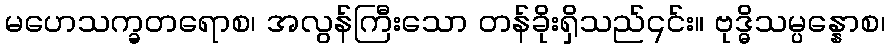
မဟေသက္ခတရောစ၊ အလွန်ကြီးသော တန်ခိုးရှိသည်၎င်း။ ဗုဒ္ဓိသမ္ပန္နောစ၊